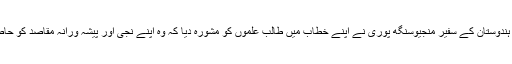
نیپال میں ہندوستان کے سفیر منجیوسنگھ پوری نے اپنے خطاب میں طالب علموں کو مشورہ دیا کہ وہ اپنے نجی اور پیشہ ورانہ مقاصد کو حاصل کریں۔